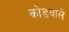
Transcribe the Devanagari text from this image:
कोडवाले